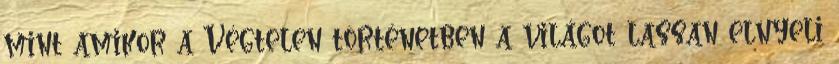
mint amikor a Végtelen történetben a világot lassan elnyeli